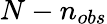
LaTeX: N-n_{obs}